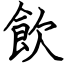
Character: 飲